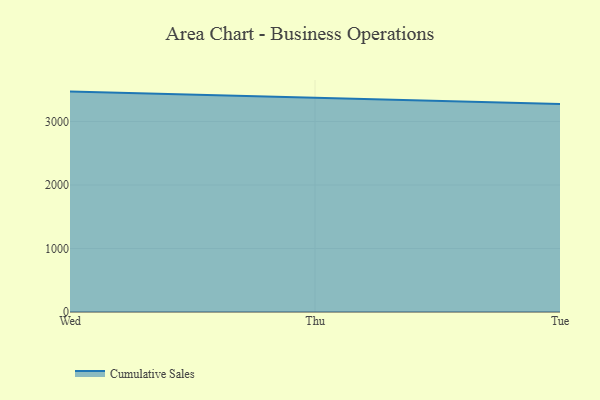
{"axis": {"x": "Day", "y": "Demand Index"}, "legend": ["Cumulative Sales"], "data": [{"x": "Wed", "y": 3471.1, "type": "Cumulative Sales"}, {"x": "Thu", "y": 3374.0, "type": "Cumulative Sales"}, {"x": "Tue", "y": 3275.9, "type": "Cumulative Sales"}]}